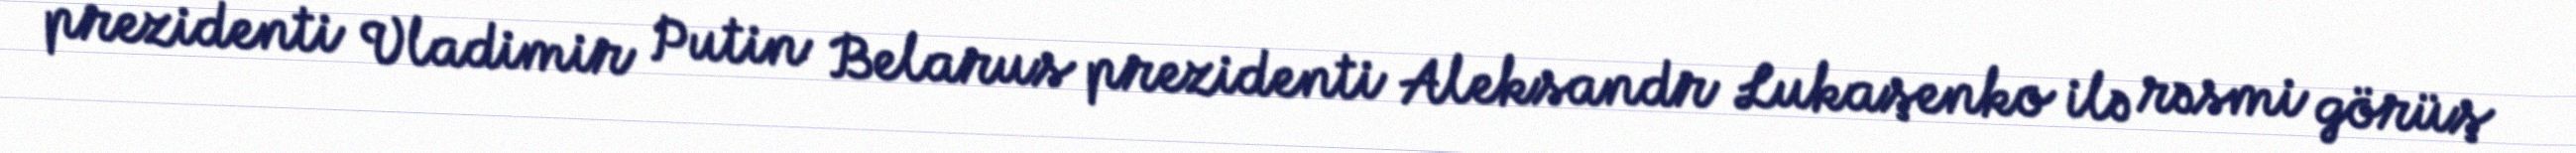
prezidenti Vladimir Putin Belarus prezidenti Aleksandr Lukaşenko ilə rəsmi görüş